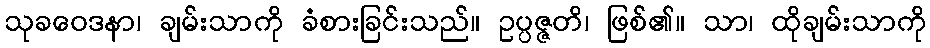
သုခဝေဒနာ၊ ချမ်းသာကို ခံစားခြင်းသည်။ ဥပ္ပဇ္ဇတိ၊ ဖြစ်၏။ သာ၊ ထိုချမ်းသာကို